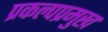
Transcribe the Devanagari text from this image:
प्रकल्पप्रमुख